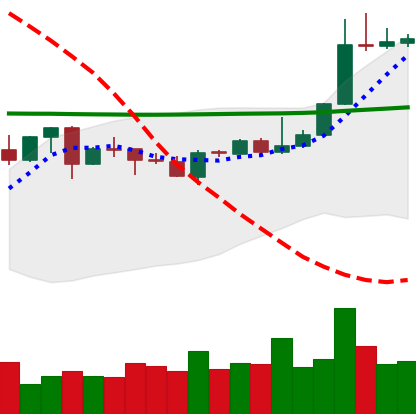
Ticker: XLM-USD
Chart end date: 2020-04-26
Forward return: 17.155%
Label: up_7plus